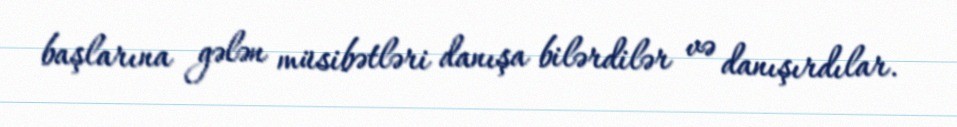
başlarına gələn müsibətləri danışa bilərdilər və danışırdılar.